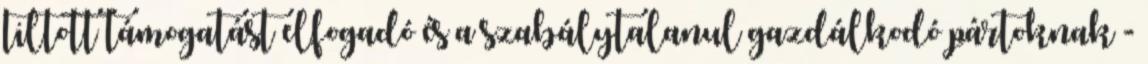
tiltott támogatást elfogadó és a szabálytalanul gazdálkodó pártoknak -